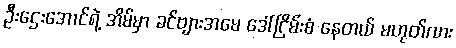
ဦးဌေးအောင်ရဲ့ အိမ်မှာ ခင်ဗျားအမေ ဒေါ်ငြိမ်းစံ နေတယ် မဟုတ်လား